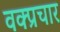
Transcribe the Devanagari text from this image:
वक्प्रचार